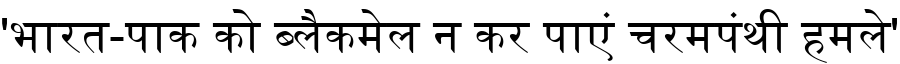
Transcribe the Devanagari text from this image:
'भारत-पाक को ब्लैकमेल न कर पाएं चरमपंथी हमले'